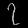
Digit: ၇